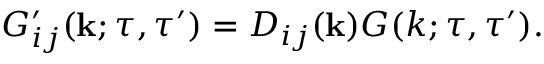
G _ { i j } ^ { \prime } ( { \bf { k } } ; \tau , \tau ^ { \prime } ) = D _ { i j } ( { \bf { k } } ) G ( k ; \tau , \tau ^ { \prime } ) .